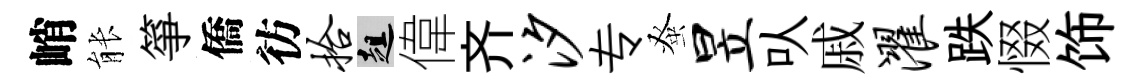
峭䏻箏僑彷拾趄偉齐汐专𫊫昱㕥戚濯跌惙饰